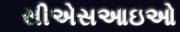
સીએસઆઇઓ